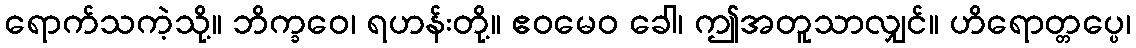
ရောက်သကဲ့သို့။ ဘိက္ခဝေ၊ ရဟန်းတို့။ ဧဝမေဝ ခေါ၊ ဤအတူသာလျှင်။ ဟိရောတ္တပ္ပေ၊